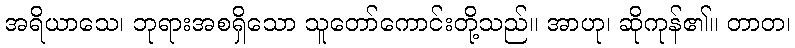
အရိယာသေ၊ ဘုရားအစရှိသော သူတော်ကောင်းတို့သည်။ အာဟု၊ ဆိုကုန်၏။ တာတ၊